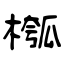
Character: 槬